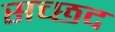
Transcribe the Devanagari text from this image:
सच्छद